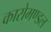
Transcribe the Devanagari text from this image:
कारोमण्डल